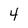
Character: 4